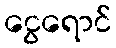
ငွေရောင်